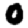
Digit: 0